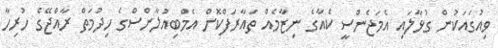
ވިއުގައަކުން ގުޅާލައި އެމަޖެންސީ ކެއާގެ ނިޒާމެއް ތައާރަފްކޮށް އެމްބިއުލާންސްގެ ހިދުމަތް ރާއްޖޭގެ ހުރިހާ